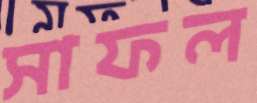
সাফল